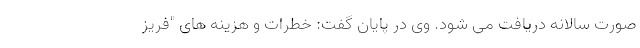
صورت سالانه دریافت می شود. وی در پایان گفت: خطرات و هزینه های "فریز